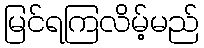
မြင်ရကြလိမ့်မည်